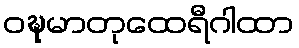
ဝဍ္ဎမာတုထေရီဂါထာ